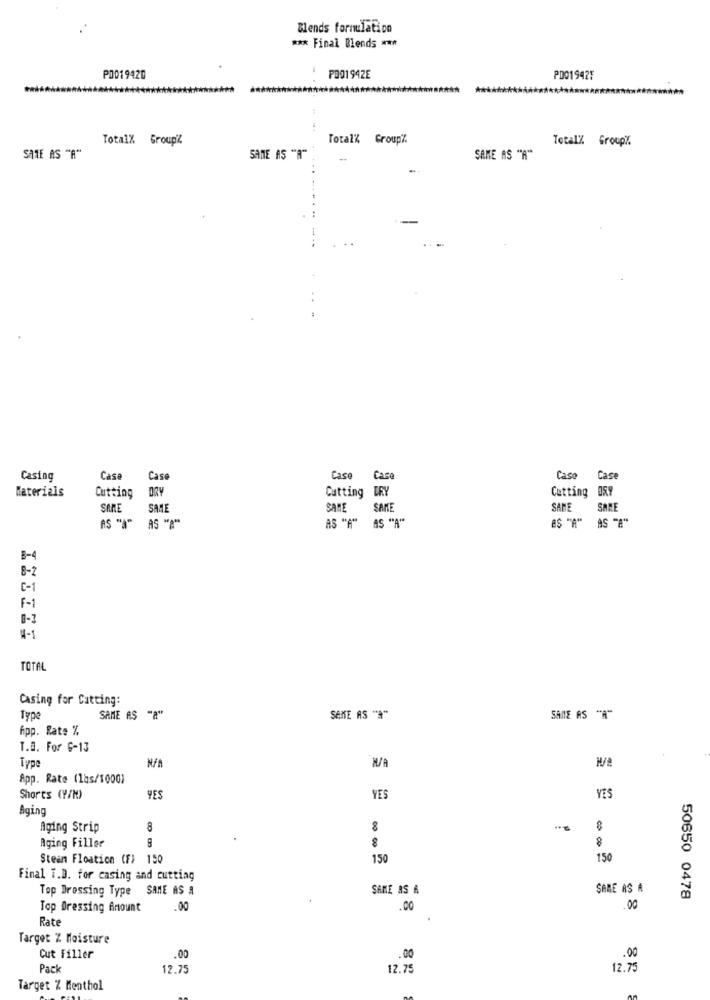
Blends formulation
*** Final Blends ***
PO019420
P001942E
PD01942F
Total% Groupil
Totalk Group%
Total% Group%
SATE AS "A"
SAME AS "A"
-
SAME AS "A"
Casing
Casa
Case
Case
Case
Case
Case
DRY
Cutting DRY
Cutting BRY
Materials
Cutting
SARE
SAME
SAME
SAME
SAME
SAME
AS "A" AS "A"
AS "A" AS "A"
ES "A" AS "B"
B-4
8-2
6-1
F-1
8-3
4-1
TOTAL
Casing for Catting:
Type
SAME AS "A"
SENE AS "A"
SAME AS "A"
hpp. Rate %
T.B. For G-13
Type
M/A
App. Rate (las/1000)
Shorts (Y/M)
YES
YES
YES
Aging
Aging Strip
8
8
Aging Filler
8
Stean Floation (F) 150
150
150
Final T.D. for casing and cutting
Top Dressing Type SAME AS A
SAME AS A
SAME AS A
50650 0478
Top Dressing Amount
.00
.00
.00
Rate
Target Z Moisture
Cut Filler
.00
.00
.00
Pack
12.75
12.75
12.75
Target Z Menthol